Inquiry into the circumstances attending an outbreak of cholera in H. M.'s 18th Hussars at Secunderabad in the month of May
Year: 1871
Disease focus: Cholera
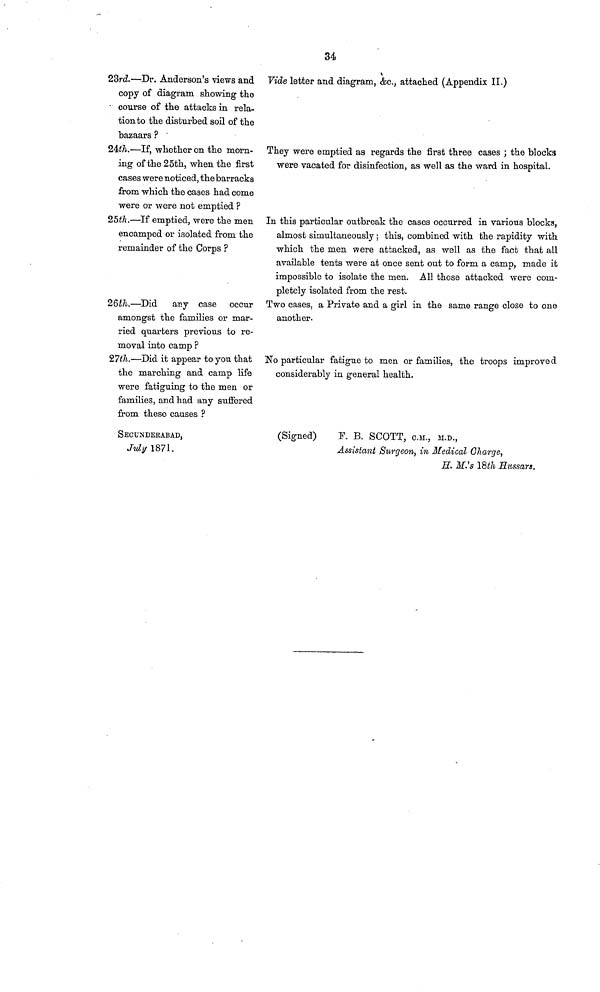
34
23rd.—Dr. Anderson's views and
copy of diagram showing the
course of the attacks in rela-
tion to the disturbed soil of the
bazaars ?
24th.—If, whether on the morn-
ing of the 25th, when the first
cases were noticed, the barracks
from which the cases had come
were or were not emptied ?
25th.—If emptied, were the men
encamped or isolated from the
remainder of the Corps ?
26th.—Did any case occur
amongst the families or mar-
ried quarters previous to re-
moval into camp ?
27th.—Did it appear to you that
the marching and camp life
were fatiguing to the men or
families, and had any suffered
from these causes ?
SECUNDERABAD,
July 1871.
Vide letter and diagram, &c., attached (Appendix II.)
They were emptied as regards the first three cases ; the blocks
were vacated for disinfection, as well as the ward in hospital.
In this particular outbreak the cases occurred in various blocks,
almost simultaneously; this, combined with the rapidity with
which the men. were attacked, as well as the fact that all
available tents were at once sent out to form a camp, made it
impossible to isolate the men. All those attacked were com-
pletely isolated from the rest.
Two cases, a Private and a girl in the same range close to one
another.
No particular fatigue to men or families, the troops improved
considerably in general health.
(Signed) F. B. SCOTT, C.M., M.D.,
Assistant Surgeon, in Medical Charge,
H. M.'s 18th Hussars.